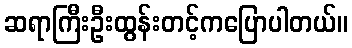
ဆရာကြီးဦးထွန်းတင့်ကပြောပါတယ်။